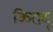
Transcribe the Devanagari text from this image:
किरादू